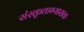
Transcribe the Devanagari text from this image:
संस्कृताभ्यासक